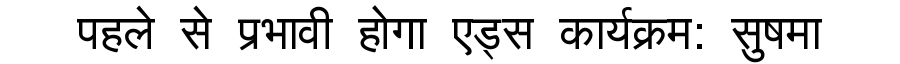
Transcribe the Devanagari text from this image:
पहले से प्रभावी होगा एड्स कार्यक्रम: सुषमा